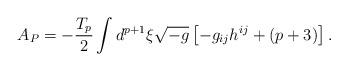
LaTeX: \begin{align*}A_{P}=-\frac{T_p}{2}\int d^{p+1}{\xi}\sqrt{-g}\left[-g_{ij}h^{ij}+(p+3)\right].\end{align*}